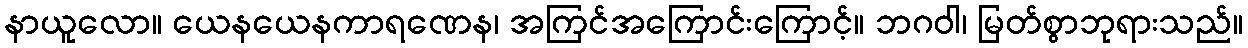
နာယူလော။ ယေနယေနကာရဏေန၊ အကြင်အကြောင်းကြောင့်။ ဘဂဝါ၊ မြတ်စွာဘုရားသည်။